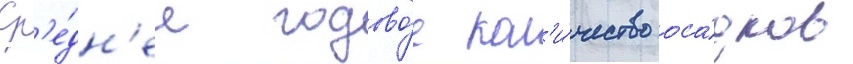
Ср'е́дн'ее годово́е кол'и́чество оса́дков